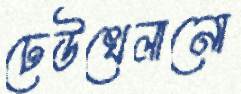
ঢেউখেলানো